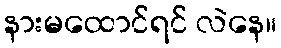
နားမထောင်ရင် လဲနေ။